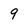
Character: 9